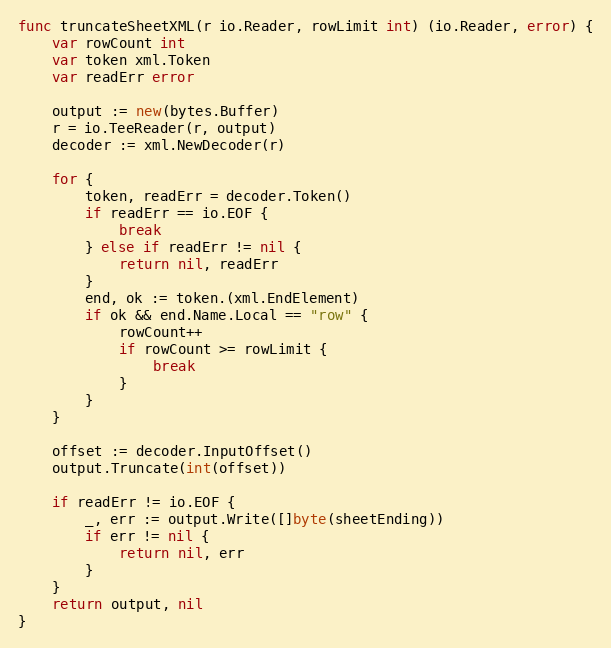
Language: Go
func truncateSheetXML(r io.Reader, rowLimit int) (io.Reader, error) {
	var rowCount int
	var token xml.Token
	var readErr error

	output := new(bytes.Buffer)
	r = io.TeeReader(r, output)
	decoder := xml.NewDecoder(r)

	for {
		token, readErr = decoder.Token()
		if readErr == io.EOF {
			break
		} else if readErr != nil {
			return nil, readErr
		}
		end, ok := token.(xml.EndElement)
		if ok && end.Name.Local == "row" {
			rowCount++
			if rowCount >= rowLimit {
				break
			}
		}
	}

	offset := decoder.InputOffset()
	output.Truncate(int(offset))

	if readErr != io.EOF {
		_, err := output.Write([]byte(sheetEnding))
		if err != nil {
			return nil, err
		}
	}
	return output, nil
}